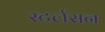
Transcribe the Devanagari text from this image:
स्टर्लसन